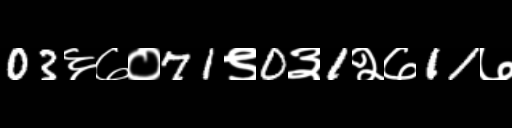
Text: 03६७०71९0३1२७11७